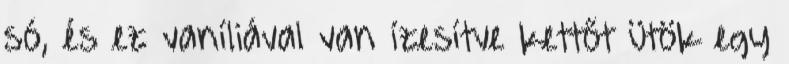
só, és ez vaníliával van ízesítve kettőt ütök egy